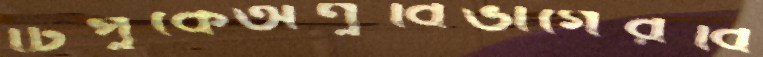
টিপুকেঅণুবিভাগেরবি